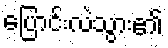
ပြောင်းလဲသွား၏